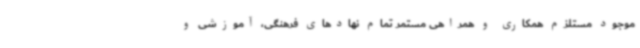
موجود مستلزم همکاری و همراهی مستمر تمام نهادهای فرهنگی، آموزشی و